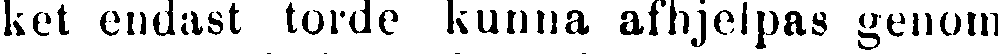
ket endast torde kunna afhjelpas genom